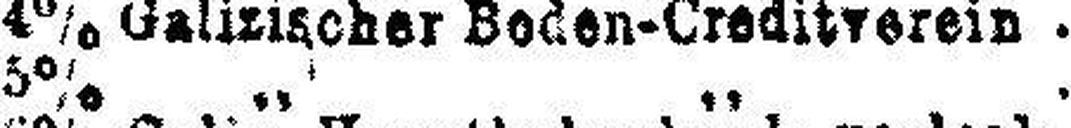
5% „ „